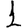
Digit: 1